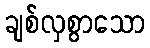
ချစ်လှစွာသော